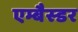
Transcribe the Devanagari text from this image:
एम्बैस्डर